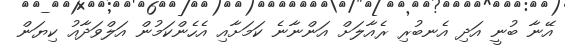
އޭނާ ބުނީ އަދި އެނބުރި ރެއާލަށް އަންނާނެ ކަމަށާއި އެހެންކަމުން އަލްވަދާއު ކިޔަން